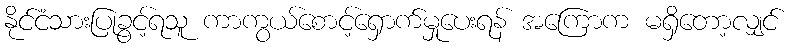
နိုင်ငံသားပြုခွင့်ရသူ ကာကွယ်စောင့်ရှောက်မှုပေးရန် အကြောက မရှိတော့လျှင်